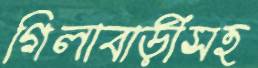
গিলাবাড়ীসহ